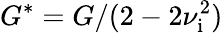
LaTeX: {G^{*}=G/(2-2\nu_{\mathrm{i}}^{2})}